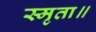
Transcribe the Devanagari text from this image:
स्मृता॥